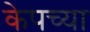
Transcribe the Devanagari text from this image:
केपच्या